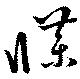
牒